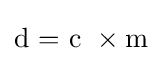
{\mathrm {d} \ {=}\ \mathrm {c} ~\times \mathrm {m} }